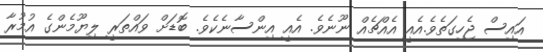
އައިސް ޖެހިގަތެވެ.އެއީ އެއްޗެއް ނޫނެވެ. އެއީ އިންސާނެކެވެ. ބޮޑަށް ވައްތަރީ ލިޔޫމެންގެ އުމުރާ